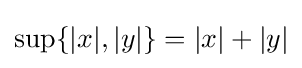
\sup\{|x|,|y|\}=|x|+|y|